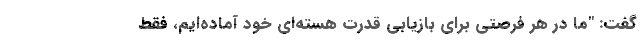
گفت: "ما در هر فرصتی برای بازیابی قدرت هسته‌ای خود آماده‌ایم، فقط